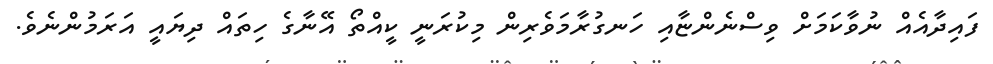
ފައިދާއެއް ނުވާކަމަށް ވިސްނެންޏާއި ހަނގުރާމަވެރިން މިކުރަނީ ކީއްތޯ އޭނާގެ ހިތައް ދިޔައީ އަރަމުންނެވެ.